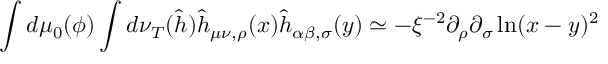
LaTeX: \int d \mu _ { 0 } ( \phi ) \int d \nu _ { T } ( \hat { h } ) \hat { h } _ { \mu \nu , \rho } ( x ) \hat { h } _ { \alpha \beta , \sigma } ( y ) \simeq - \xi ^ { - 2 } \partial _ { \rho } \partial _ { \sigma } \ln ( x - y ) ^ { 2 }